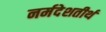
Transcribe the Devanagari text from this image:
नर्मदेशतीर्थ